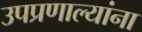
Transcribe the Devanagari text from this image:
उपप्रणाल्यांना